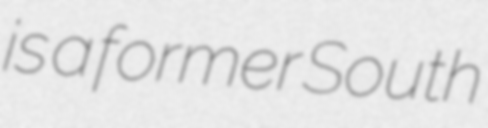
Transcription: is a former South